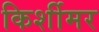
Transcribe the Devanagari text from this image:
किर्शीमर